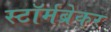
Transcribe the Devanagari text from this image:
स्टॉर्मब्रेकर